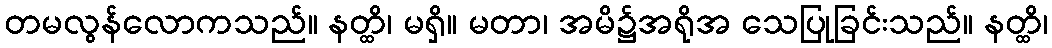
တမလွန်လောကသည်။ နတ္ထိ၊ မရှိ။ မတာ၊ အမိ၌အရိုအ သေပြုခြင်းသည်။ နတ္ထိ၊